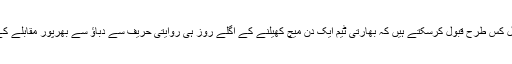
ہم اس طرح کا شیڈول کس طرح قبول کرسکتے ہیں کہ بھارتی ٹیم ایک دن میچ کھیلنے کے اگلے روز ہی روایتی حریف سے دباﺅ سے بھرپور مقابلے کے لیے تیار ہوجائے۔